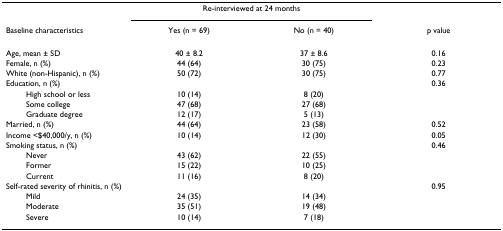
|  | <COLSPAN=2> Re-interviewed at 24 months |  |
 | Baseline characteristics | Yes (n = 69) | No (n = 40) | p value |
 | --- | --- | --- | --- |
 | Age, mean ± SD | 40 ± 8.2 | 37 ± 8.6 | 0.16 |
 | Female, n (%) | 44 (64) | 30 (75) | 0.23 |
 | White (non-Hispanic), n (%) | 50 (72) | 30 (75) | 0.77 |
 | Education, n (%) |  |  | 0.36 |
 | High school or less | 10 (14) | 8 (20) |  |
 | Some college | 47 (68) | 27 (68) |  |
 | Graduate degree | 12 (17) | 5 (13) |  |
 | Married, n (%) | 44 (64) | 23 (58) | 0.52 |
 | Income <$40,000/y, n (%) | 10 (14) | 12 (30) | 0.05 |
 | Smoking status, n (%) |  |  | 0.46 |
 | Never | 43 (62) | 22 (55) |  |
 | Former | 15 (22) | 10 (25) |  |
 | Current | 11 (16) | 8 (20) |  |
 | Self-rated severity of rhinitis, n (%) |  |  | 0.95 |
 | Mild | 24 (35) | 14 (34) |  |
 | Moderate | 35 (51) | 19 (48) |  |
 | Severe | 10 (14) | 7 (18) |  |